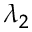
\lambda _ { 2 }